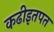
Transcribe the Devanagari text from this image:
कढीइतपत